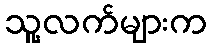
သူ့လက်များက